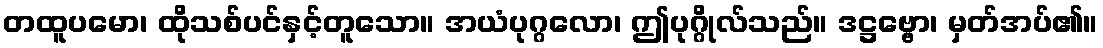
တထူပမော၊ ထိုသစ်ပင်နှင့်တူသော။ အယံပုဂ္ဂလော၊ ဤပုဂ္ဂိုလ်သည်။ ဒဋ္ဌဗ္ဗော၊ မှတ်အပ်၏။